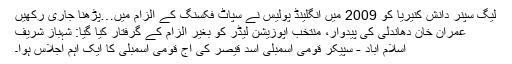
لیگ سپنر دانش کنیریا کو 2009 میں انگلینڈ پولیس نے سپاٹ فکسنگ کے الزام میں…پڑھنا جاری رکھیں
عمران خان دھاندلی کی پیدوار، منتخب اپوزیشن لیڈر کو بغیر الزام کے گرفتار کیا گیا: شہباز شریف
اسلام آباد - سپیکر قومی اسمبلی اسد قیصر کی آج قومی اسمبلی کا ایک اہم اجلاس ہوا۔